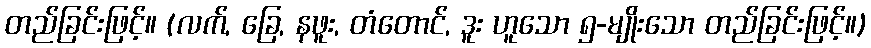
တည်ခြင်းဖြင့်။ (လက်, ခြေ, နဖူး, တံတောင်, ဒူး ဟူသော ၅-မျိုးသော တည်ခြင်းဖြင့်။)